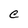
Character: C